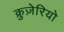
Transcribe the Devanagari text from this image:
क्रुज़ेरियो